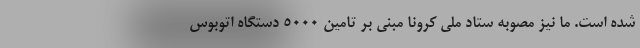
شده است. ما نیز مصوبه ستاد ملی کرونا مبنی بر تامین ۵۰۰۰ دستگاه اتوبوس